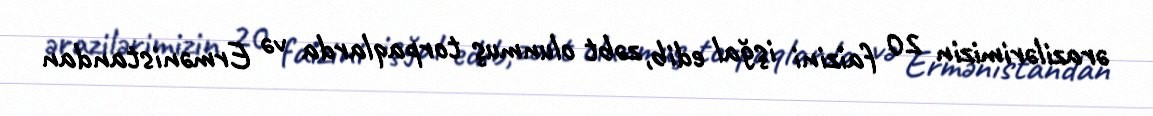
ərazilərimizin 20 faizini işğal edib, zəbt olunmuş torpaqlarda və Ermənistandan